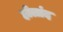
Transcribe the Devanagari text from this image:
होलांद